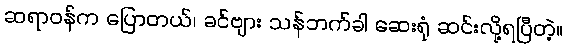
ဆရာဝန်က ပြောတယ်၊ ခင်ဗျား သန်ဘက်ခါ ဆေးရုံ ဆင်းလို့ရပြီတဲ့။